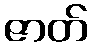
ဇာတ်